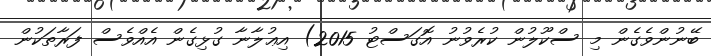
ބޭނުންވެގެން މި ސްކޫލުން ކުރެވުނު އޮގަސްޓު 2015) އިޢުލާނާ ގުޅިގެން އެއްވެސް ފަރާތަކުން